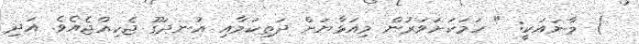
) މާނައަކީ: " ހަމަކަށަވަރުން މިއަޅާޔަށް ދަތިކަމާއި އުނދަގޫ ޖެހިއްޖެއެވެ. އަދި